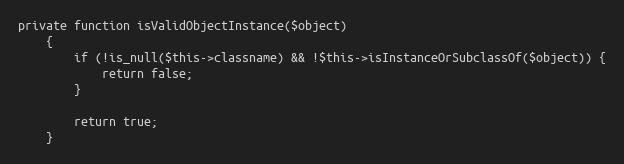
Language: PHP
private function isValidObjectInstance($object)
    {
        if (!is_null($this->classname) && !$this->isInstanceOrSubclassOf($object)) {
            return false;
        }

        return true;
    }